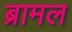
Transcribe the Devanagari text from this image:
ब्रामल